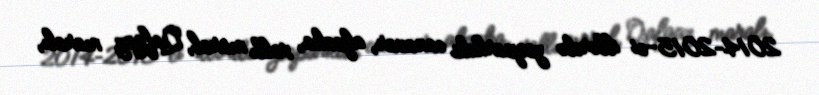
2014–2015-ci illərdə zooparkda canavar, alpaka, xallı maral, Qafqaz maralı,